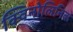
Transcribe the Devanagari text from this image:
क्विनोलिनिक